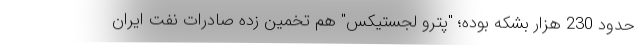
حدود 230 هزار بشکه بوده؛ "پترو لجستیکس" هم تخمین زده صادرات نفت ایران